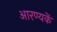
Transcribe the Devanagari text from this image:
आरण्यकें